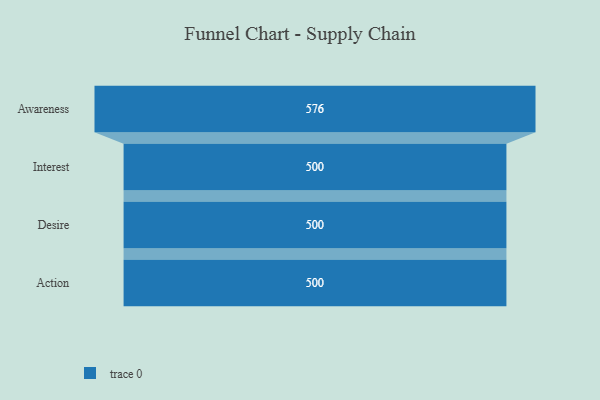
{"axis": {"x": "Stage", "y": "Value"}, "legend": [""], "data": [{"x": "Awareness", "y": 576.0, "type": ""}, {"x": "Interest", "y": 500, "type": ""}, {"x": "Desire", "y": 500, "type": ""}, {"x": "Action", "y": 500, "type": ""}]}